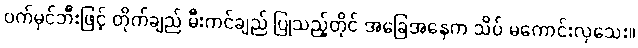
ဝက်မှင်ဘီးဖြင့် တိုက်ချည် မီးကင်ချည် ပြုသည့်တိုင် အခြေအနေက သိပ် မကောင်းလှသေး။